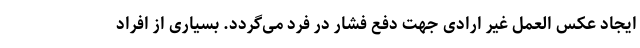
ایجاد عکس العمل غیر ارادی جهت دفع فشار در فرد می‌گردد. بسیاری از افراد